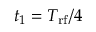
t _ { 1 } = T _ { \mathrm { r f } } / 4